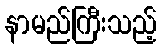
နာမည်ကြီးသည့်